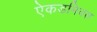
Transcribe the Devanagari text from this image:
ऐकडमिक्स